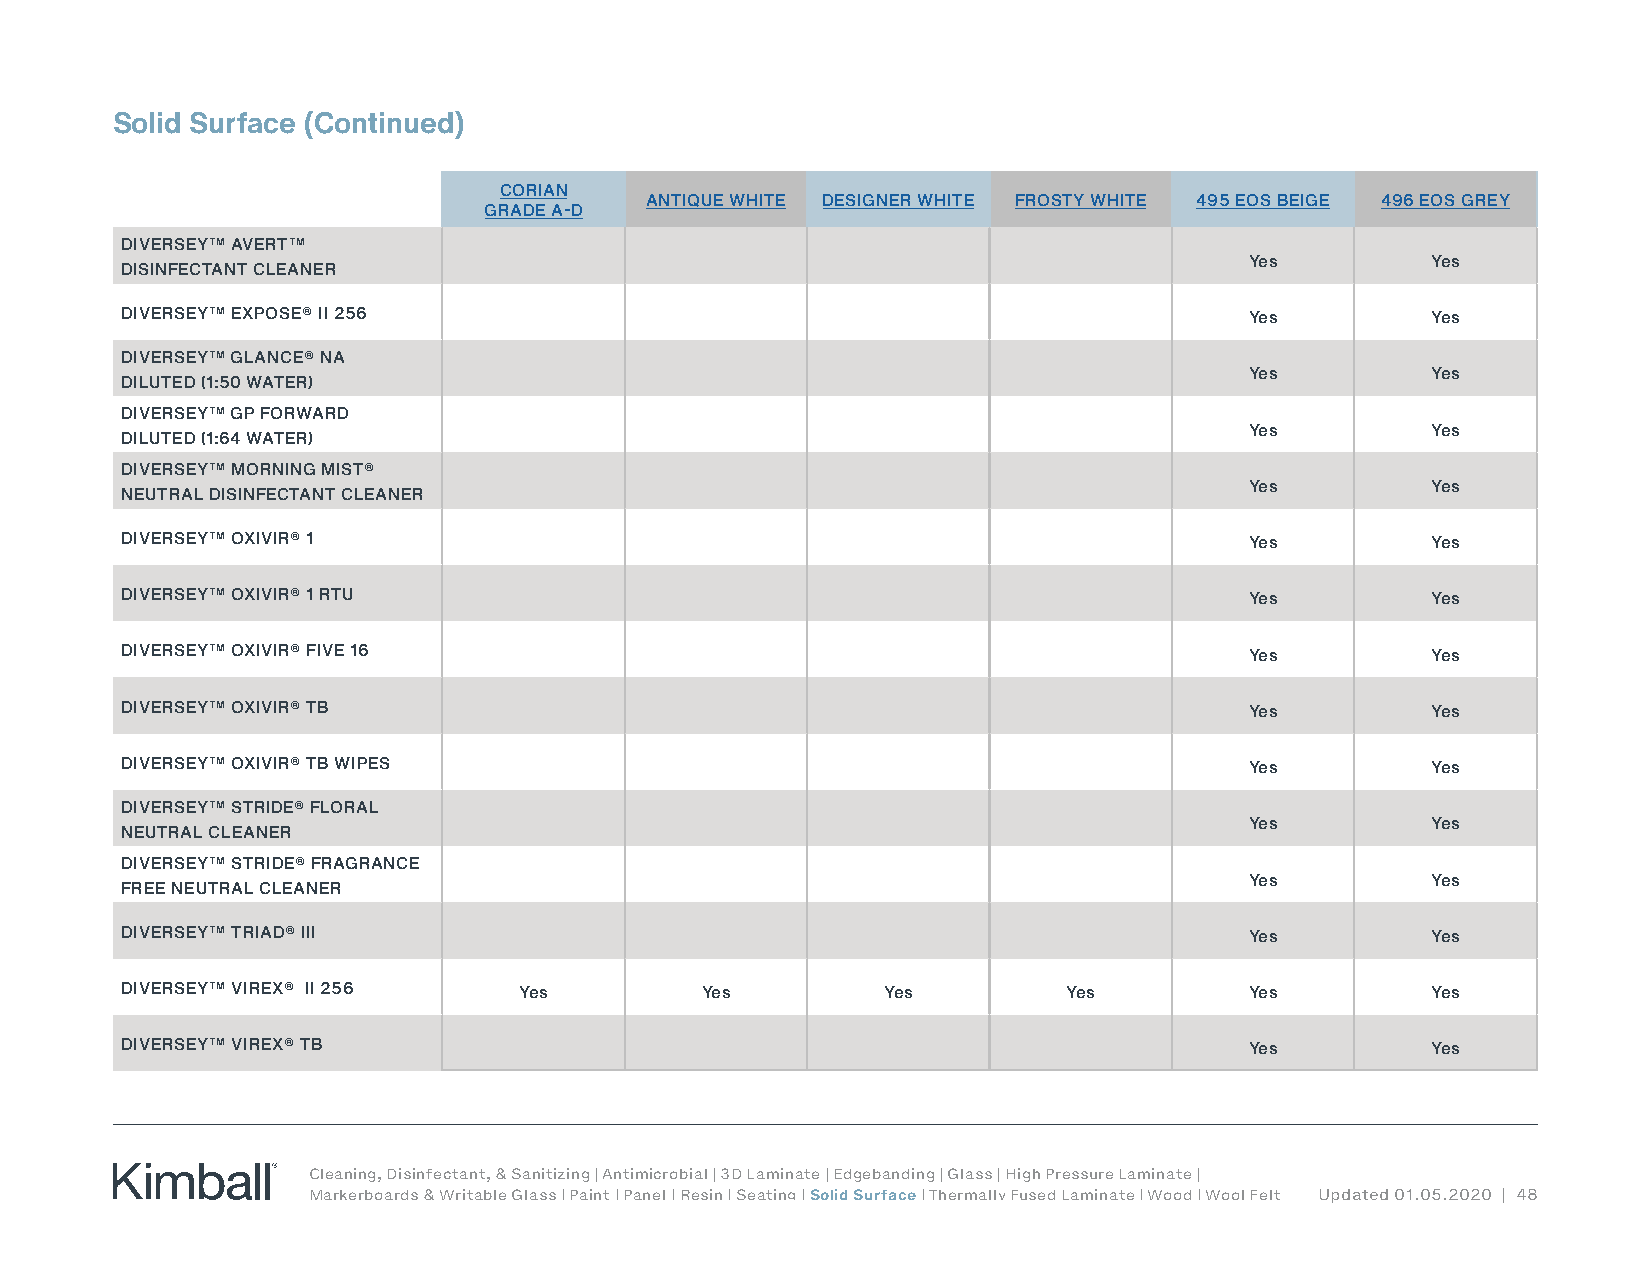
Solid Surface (Continued)
 CORIAN
 ANTIQUE WHITE DESIGNER WHITE FROSTY WHITE 495 EOS BEIGE 496 EOS GREY
 GRADE A-D
 DIVERSEY™ AVERT™
 Yes         Yes
 DISINFECTANT CLEANER
 DIVERSEY™ EXPOSE® II 256                                                   Yes         Yes
 DIVERSEY™ GLANCE® NA
 Yes         Yes
 DILUTED (1:50 WATER)
 DIVERSEY™ GP FORWARD
 Yes         Yes
 DILUTED (1:64 WATER)
 DIVERSEY™ MORNING MIST®
 Yes         Yes
 NEUTRAL DISINFECTANT CLEANER
 DIVERSEY™ OXIVIR® 1                                                        Yes         Yes
 DIVERSEY™ OXIVIR® 1 RTU                                                    Yes         Yes
 DIVERSEY™ OXIVIR® FIVE 16                                                  Yes         Yes
 DIVERSEY™ OXIVIR® TB                                                       Yes         Yes
 DIVERSEY™ OXIVIR® TB WIPES                                                 Yes         Yes
 DIVERSEY™ STRIDE® FLORAL
 Yes         Yes
 NEUTRAL CLEANER
 DIVERSEY™ STRIDE® FRAGRANCE
 Yes         Yes
 FREE NEUTRAL CLEANER
 DIVERSEY™ TRIAD® III                                                       Yes         Yes
 DIVERSEY™ VIREX® II 256   Yes         Yes         Yes          Yes         Yes         Yes
 DIVERSEY™ VIREX® TB                                                        Yes         Yes
 Cleaning, Disinfectant, & Sanitizing | Antimicrobial | 3D Laminate | Edgebanding | Glass | High Pressure Laminate |
 Markerboards & Writable Glass | Paint | Panel | Resin | Seating | Solid Surface | Thermally Fused Laminate | Wood | Wool Felt Updated 01.05.2020 | 48